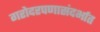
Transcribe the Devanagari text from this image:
गरोदरपणासंदर्भात